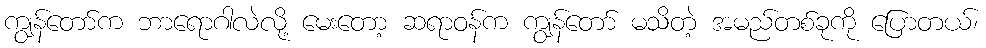
ကျွန်တော်က ဘာရောဂါလဲလို့ မေးတော့ ဆရာဝန်က ကျွန်တော် မသိတဲ့ အမည်တစ်ခုကို ပြောတယ်၊